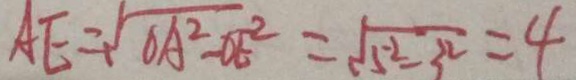
A E = \sqrt { O A ^ { 2 } - O E ^ { 2 } } = \sqrt { 5 ^ { 2 } - 3 ^ { 2 } } = 4